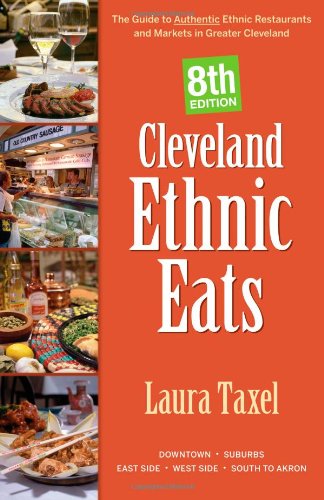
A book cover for Cleveland Ethnic Eats: The Guide to Authentic Ethnic Restaurants and Markets in Northeast Ohio; Laura Taxel; Travel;